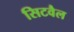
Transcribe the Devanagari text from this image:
सिटवैल